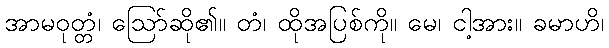
အာမဝုတ္တံ၊ ဩော်ဆို၏။ တံ၊ ထိုအပြစ်ကို။ မေ၊ ငါ့အား။ ခမာဟိ၊